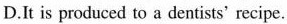
D.It is produced to a dentists'recipe.